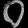
Digit: ၀